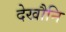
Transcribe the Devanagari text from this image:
देखौनि